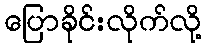
ပြောခိုင်းလိုက်လို့